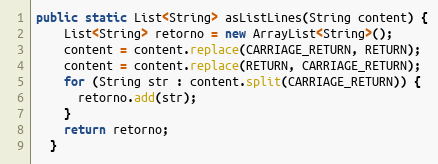
Language: Java
public static List<String> asListLines(String content) {
    List<String> retorno = new ArrayList<String>();
    content = content.replace(CARRIAGE_RETURN, RETURN);
    content = content.replace(RETURN, CARRIAGE_RETURN);
    for (String str : content.split(CARRIAGE_RETURN)) {
      retorno.add(str);
    }
    return retorno;
  }